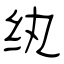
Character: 纨